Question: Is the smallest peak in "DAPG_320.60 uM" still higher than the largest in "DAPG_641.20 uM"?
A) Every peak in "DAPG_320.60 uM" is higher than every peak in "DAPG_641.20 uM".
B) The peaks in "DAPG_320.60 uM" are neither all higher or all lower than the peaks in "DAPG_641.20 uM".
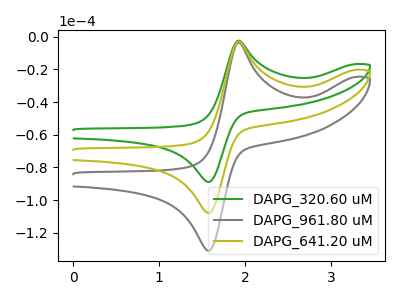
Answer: <think>The green curve "DAPG_320.60 uM" has an anodic peak at (1.95V, -2.40uA) and a cathodic peak at (1.55V, -88.80uA). The gray curve "DAPG_961.80 uM" has an anodic peak at (1.95V, -5.75uA) and a cathodic peak at (1.55V, -215.65uA). The olive curve "DAPG_641.20 uM" has an anodic peak at (1.95V, -2.90uA) and a cathodic peak at (1.55V, -107.80uA).</think>
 <answer>B) The peaks in "DAPG_320.60 uM" are neither all higher or all lower than the peaks in "DAPG_641.20 uM".</answer>
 <eval>B</eval>